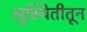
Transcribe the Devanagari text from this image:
सुस्थितीतून